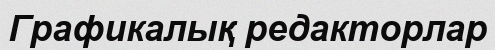
Графикалық редакторлар